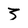
Character: z